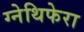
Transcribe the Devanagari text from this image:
ग्नेथिफेरा